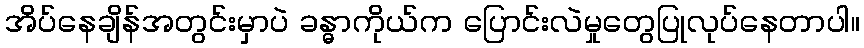
အိပ်နေချိန်အတွင်းမှာပဲ ခန္ဓာကိုယ်က ပြောင်းလဲမှုတွေပြုလုပ်နေတာပါ။